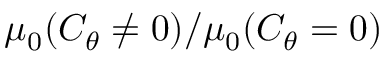
\mu _ { 0 } ( C _ { \theta } \neq 0 ) / \mu _ { 0 } ( C _ { \theta } = 0 )